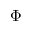
\Phi